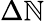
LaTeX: \Delta\mathbb{N}